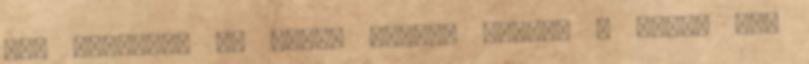
kép számára: ez egyik bottal ütött, a másik egy